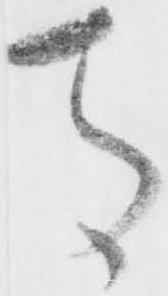
馬